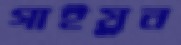
গাইয়ুন